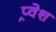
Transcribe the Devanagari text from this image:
प्र्वेश